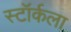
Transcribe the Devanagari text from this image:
स्टॉर्कला